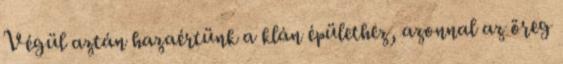
Végül aztán hazaértünk a klán épülethez, azonnal az öreg